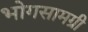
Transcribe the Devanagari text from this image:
भोगसामग्री